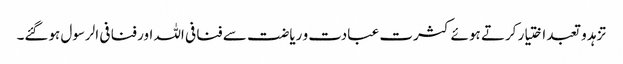
تزہد و تعبد اختیار کرتے ہوئے کثرت عبادت و ریاضت سے فنا فی اللہ اور فنا فی الرسول ہوگئے۔